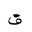
Letter: _fa